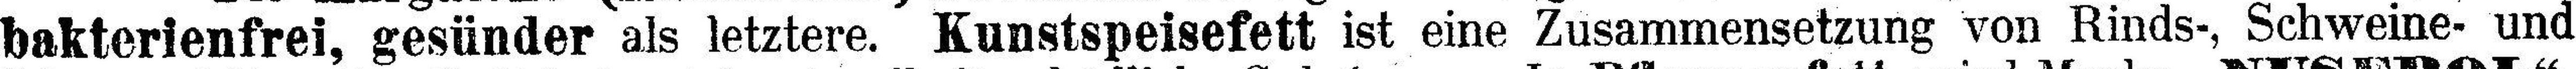
bakterienfrei, gesünder als letztere. Kunstspeisefett ist eine Zusammensetzung von Rinds-, Schweine- und